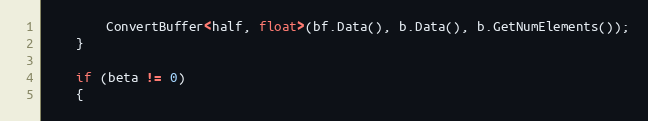
Language: C++
        ConvertBuffer<half, float>(bf.Data(), b.Data(), b.GetNumElements());
    }

    if (beta != 0)
    {